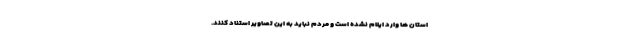
استان ها وارد ایلام نشده است و مردم نباید به این تصاویر استناد کنند.